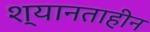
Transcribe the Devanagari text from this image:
श्यानताहीन